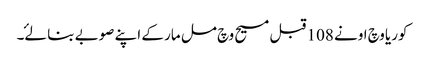
کوریا وچ اونے 108 قبل مسیح وچ مل مار کے اپنے صوبے بنا لۓ۔